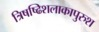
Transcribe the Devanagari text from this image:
त्रिषष्ढिशलाकापुरुश